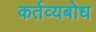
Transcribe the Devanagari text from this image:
कर्तव्यबोध